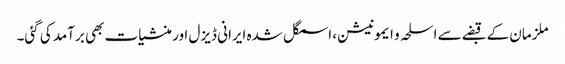
ملزمان کے قبضے سے اسلحہ و ایمونیشن، اسمگل شدہ ایرانی ڈیزل اور منشیات بھی برآمد کی گئی۔